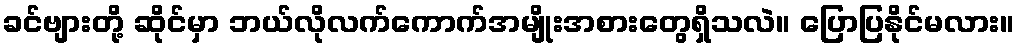
ခင်ဗျားတို့ ဆိုင်မှာ ဘယ်လိုလက်ကောက်အမျိုးအစားတွေရှိသလဲ။ ပြောပြနိုင်မလား။